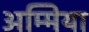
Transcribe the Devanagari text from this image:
अम्मिया